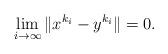
LaTeX: \begin{align*}\lim_{i \to \infty}{\|x^{{k}_i}-y^{{k}_i}\|} = 0.\end{align*}